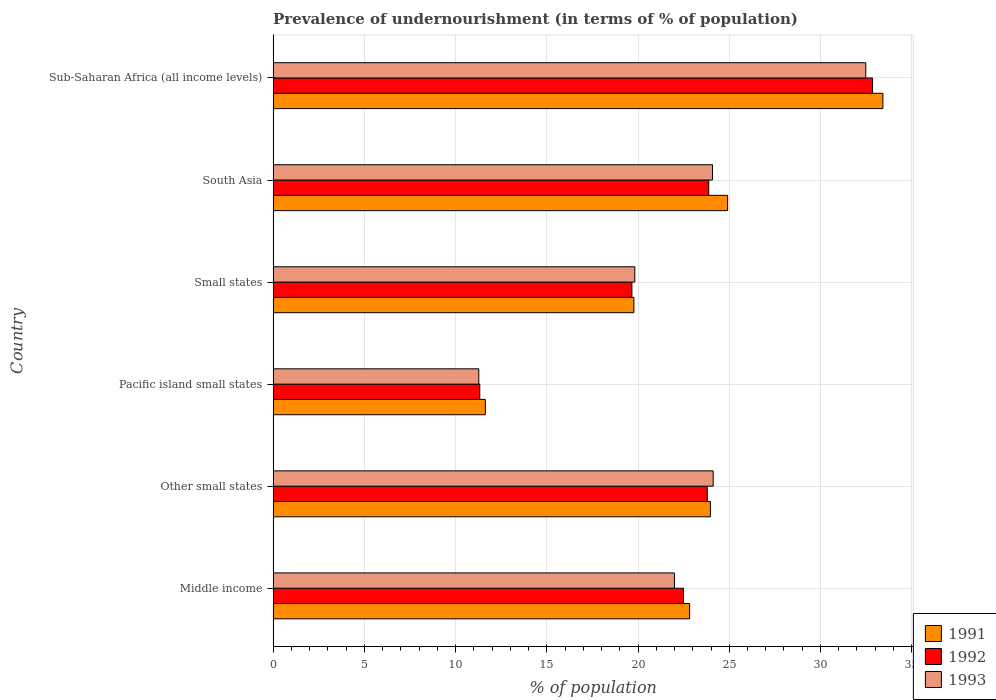
| Country | 1991 | 1992 | 1993 |
 | --- | --- | --- | --- |
 | Middle income | 22.8 | 22.5 | 22 |
 | Other small states | 24 | 23.8 | 24.1 |
 | Pacific island small states | 11.6 | 11.3 | 11.3 |
 | Small states | 19.8 | 19.7 | 19.8 |
 | South Asia | 24.9 | 23.9 | 24.1 |
 | Sub-Saharan Africa (all income levels) | 33.4 | 32.9 | 32.5 |